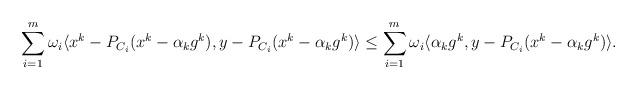
LaTeX: \begin{align*} \sum_{i=1}^m \omega_i \langle x^k - P_{C_i}(x^k - \alpha_k g^k), y - P_{C_i}(x^k -\alpha_k g^k)\rangle \leq \sum_{i=1}^m \omega_i \langle \alpha_k g^k, y - P_{C_i}(x^k -\alpha_k g^k)\rangle.\end{align*}